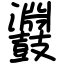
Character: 鼝